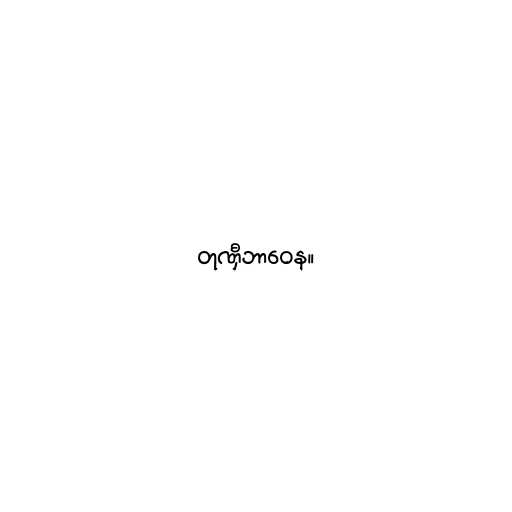
တုဏှီဘာဝေန။